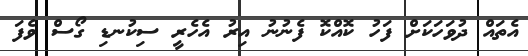
އެތައް ދުވަހަކަށް ފަހު ކޮއްކޮ ފެނުނު އިރު އެހެރީ ސިކުނޑި ގޯސް ވެފަ